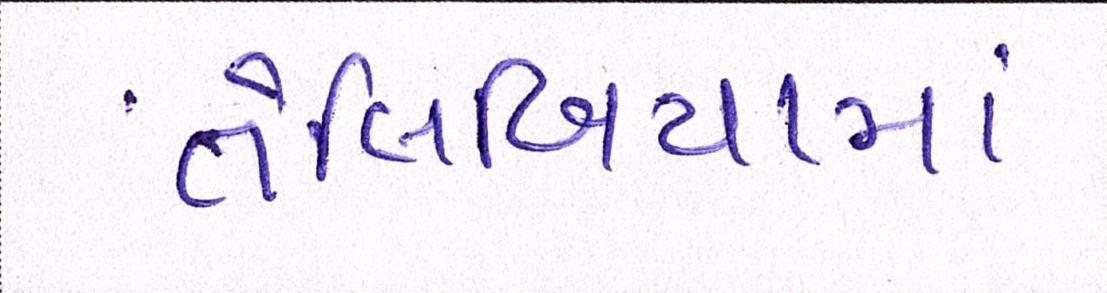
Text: તેલિબિયાંમાં